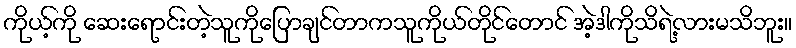
ကိုယ့်ကို ဆေးရောင်းတဲ့သူကိုပြောချင်တာကသူကိုယ်တိုင်တောင် အဲ့ဒါကိုသိရဲ့လားမသိဘူး။